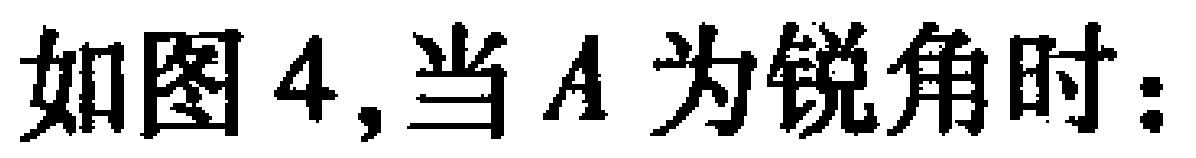
如图4,当$A$为锐角时：